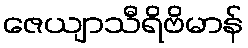
ဇေယျာသီရိဗိမာန်